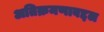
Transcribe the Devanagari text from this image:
अतिक्रमणाबद्दल